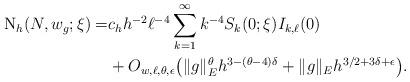
LaTeX: \begin{align*}\hbox{N}_h(N,w_g; \xi)=&c_h h^{-2}\ell^{-4} \sum_{k=1}^\infty k^{-4} S_{k}(0;\xi) I_{k,\ell}(0)\\&+O_{w,\ell,\theta,\epsilon}\big(\|g\|_E^\theta h^{3-(\theta-4)\delta}+\|g\|_E h^{3/2+3\delta+\epsilon}\big).\end{align*}